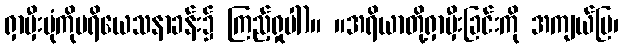
ရှာမှီးပုံကိုပရိယေသနာခန်း၌ ကြည့်ရှုပါ)။ ။အရိယာတို့ရှာမှီးခြင်းကို အကျယ်ပြ၊